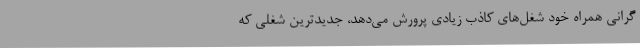
گرانی همراه خود شغل‌های کاذب زیادی پرورش می‌دهد، جدیدترین شغلی که